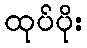
ထုပ်ပိုး